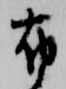
布